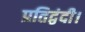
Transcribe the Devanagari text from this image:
प्रतिद्वंदी।